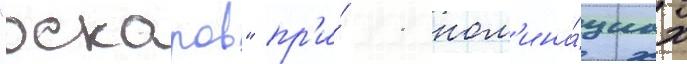
"оскаров" пр'и́ 11 ном'ина́циах